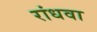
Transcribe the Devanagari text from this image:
रांधवा